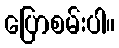
ပြောစမ်းပါ။